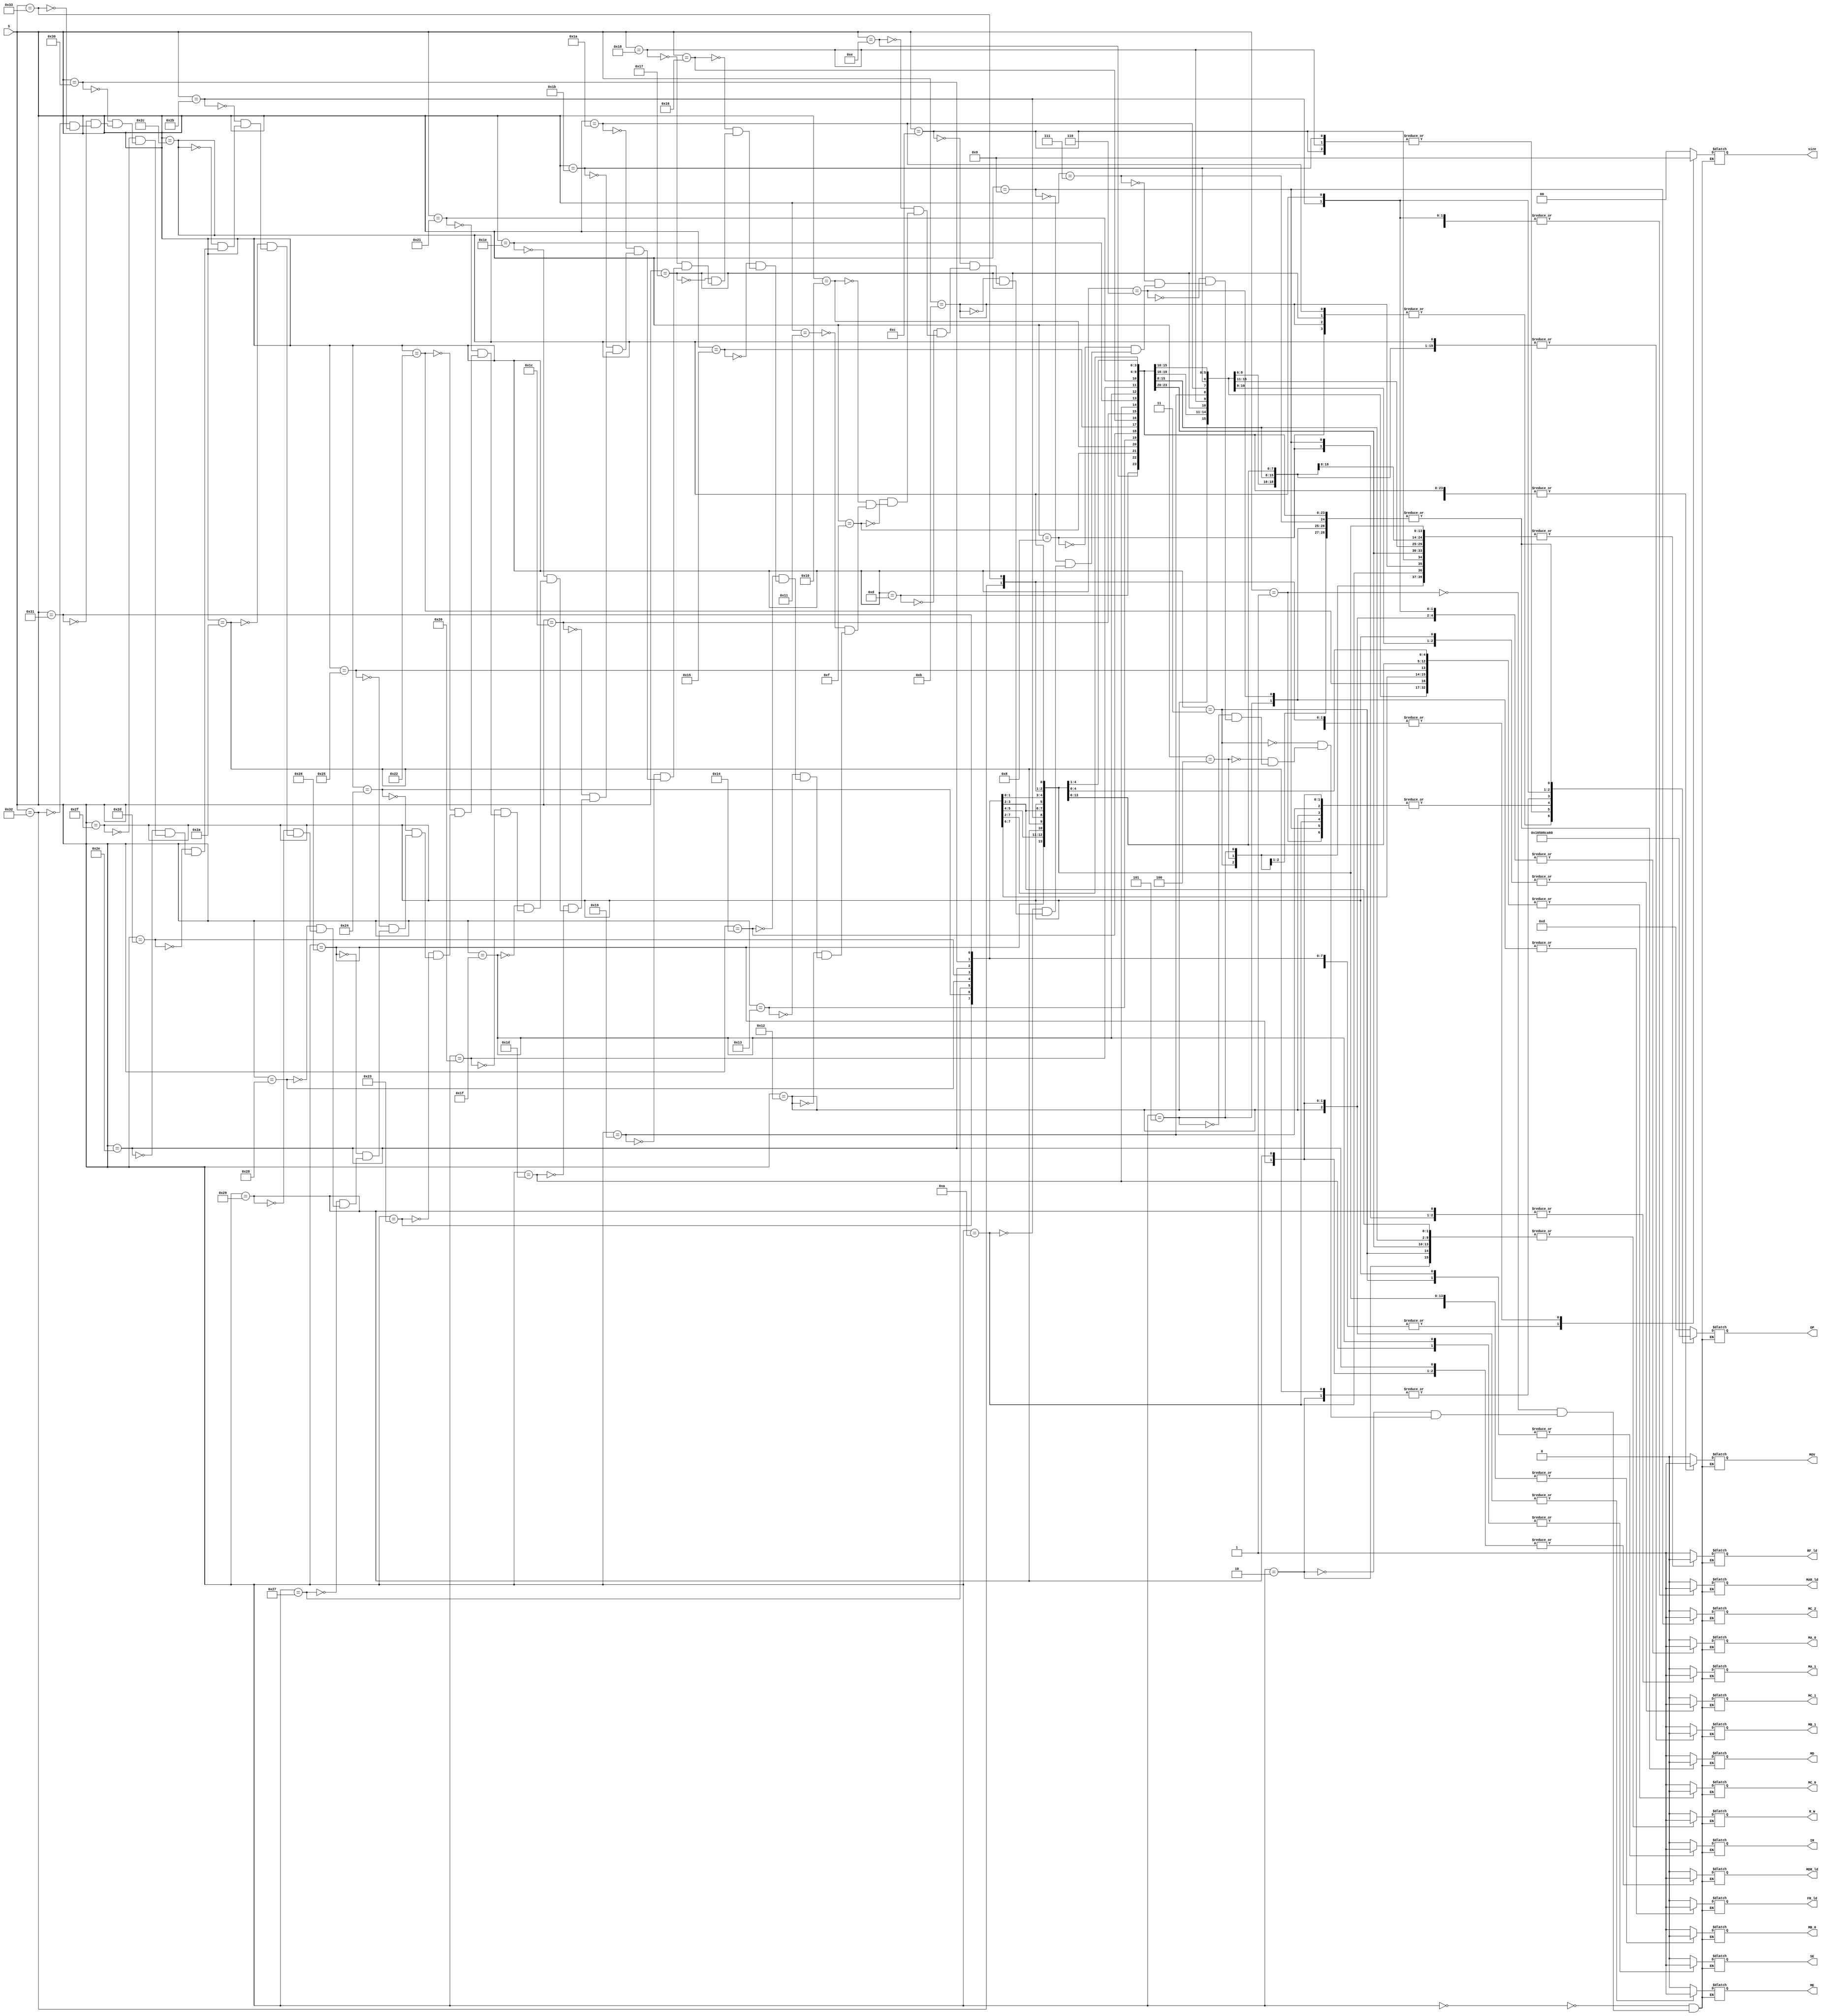
module control_signals_encoder (
    input [5:0] S,
    output reg SE,
    output reg[1:0] size,
    output reg FR_ld,
    output reg RF_ld,
    output reg IR,
    output reg MAR_ld,
    output reg MDR_ld,
    output reg R_W,
    output reg MOV,
    output reg MA_1, MA_0, MB_1, MB_0, MC_2, MC_1, MC_0, MD, ME,
    output reg[4:0] OP
    );
    always @ (S) begin
        case (S)
            //State

            //0
            6'b000000:
            begin
                SE <= 0;
                size <= 2'b00;
                FR_ld <= 0;
                RF_ld <= 1;
                IR <= 0;
                MAR_ld <= 0;
                MDR_ld <= 0;
                R_W <= 0;
                MOV <= 0;
                MA_1 <= 0;
                MA_0 <= 0;
                MB_1 <= 1;
                MB_0 <= 1;
                MC_2 <= 0;
                MC_1 <= 0;
                MC_0 <= 1;
                MD <= 1;
                ME <= 0;
                OP <= 5'b01101;
            end

            //1
            6'b000001:
            begin
                SE <= 0;
                size <= 2'b00;
                FR_ld <= 0;
                RF_ld <= 0;
                IR <= 0;
                MAR_ld <= 1;
                MDR_ld <= 0;
                R_W <= 0;
                MOV <= 0;
                MA_1 <= 1;
                MA_0 <= 0;
                MB_1 <= 0;
                MB_0 <= 0;
                MC_2 <= 0;
                MC_1 <= 0;
                MC_0 <= 0;
                MD <= 1;
                ME <= 0;
                OP <= 5'b10000;
            end

            //2
            6'b000010:
            begin
                SE <= 0;
                size <= 2'b10;
                FR_ld <= 0;
                RF_ld <= 1;
                IR <= 0;
                MAR_ld <= 0;
                MDR_ld <= 0;
                R_W <= 1;
                MOV <= 1;
                MA_1 <= 1;
                MA_0 <= 0;
                MB_1 <= 0;
                MB_0 <= 0;
                MC_2 <= 0;
                MC_1 <= 0;
                MC_0 <= 1;
                MD <= 1;
                ME <= 0;
                OP <= 5'b10001;
            end

            //3
            6'b000011:
            begin
                SE <= 0;
                size <= 2'b10;
                FR_ld <= 0;
                RF_ld <= 0;
                IR <= 1;
                MAR_ld <= 0;
                MDR_ld <= 0;
                R_W <= 1;
                MOV <= 1;
                MA_1 <= 0;
                MA_0 <= 0;
                MB_1 <= 0;
                MB_0 <= 0;
                MC_2 <= 0;
                MC_1 <= 0;
                MC_0 <= 0;
                MD <= 0;
                ME <= 0;
                OP <= 5'b00000;
            end

            //4
            6'b000100:
            begin
                SE <= 0;
                size <= 2'b00;
                FR_ld <= 0;
                RF_ld <= 0;
                IR <= 0;
                MAR_ld <= 0;
                MDR_ld <= 0;
                R_W <= 0;
                MOV <= 0;
                MA_1 <= 0;
                MA_0 <= 0;
                MB_1 <= 0;
                MB_0 <= 0;
                MC_2 <= 0;
                MC_1 <= 0;
                MC_0 <= 0;
                MD <= 0;
                ME <= 0;
                OP <= 5'b00000;
            end

            // DATA PROCESSING --------------

            //5
            6'b000101:
            begin
                SE <= 0;
                size <= 2'b01;
                FR_ld <= 1;
                RF_ld <= 0;
                IR <= 0;
                MAR_ld <= 0;
                MDR_ld <= 0;
                R_W <= 0;
                MOV <= 0;
                MA_1 <= 0;
                MA_0 <= 0;
                MB_1 <= 0;
                MB_0 <= 1;
                MC_2 <= 0;
                MC_1 <= 0;
                MC_0 <= 0;
                MD <= 0;
                ME <= 0;
                OP <= 5'b00000;
            end

            //6
            6'b000110:
            begin
                SE <= 0;
                size <= 2'b01;
                FR_ld <= 1;
                RF_ld <= 1;
                IR <= 0;
                MAR_ld <= 0;
                MDR_ld <= 0;
                R_W <= 0;
                MOV <= 0;
                MA_1 <= 0;
                MA_0 <= 0;
                MB_1 <= 0;
                MB_0 <= 1;
                MC_2 <= 0;
                MC_1 <= 0;
                MC_0 <= 0;
                MD <= 0;
                ME <= 0;
                OP <= 5'b00000;
            end

            //7
            6'b000111:
            begin
                SE <= 0;
                size <= 2'b01;
                FR_ld <= 0;
                RF_ld <= 1;
                IR <= 0;
                MAR_ld <= 0;
                MDR_ld <= 0;
                R_W <= 0;
                MOV <= 0;
                MA_1 <= 0;
                MA_0 <= 0;
                MB_1 <= 0;
                MB_0 <= 1;
                MC_2 <= 0;
                MC_1 <= 0;
                MC_0 <= 0;
                MD <= 0;
                ME <= 0;
                OP <= 5'b00000;
            end

            // BRANCH/BRANCH & LINK ----------------

            //8
            6'b001000:
            begin
                SE <= 0;
                size <= 2'b00;
                FR_ld <= 0;
                RF_ld <= 1;
                IR <= 0;
                MAR_ld <= 0;
                MDR_ld <= 0;
                R_W <= 0;
                MOV <= 0;
                MA_1 <= 1;
                MA_0 <= 0;
                MB_1 <= 0;
                MB_0 <= 1;
                MC_2 <= 0;
                MC_1 <= 0;
                MC_0 <= 1;
                MD <= 1;
                ME <= 0;
                OP <= 5'b00100;
            end

            //9
            6'b001001:
            begin
                SE <= 0;
                size <= 2'b00;
                FR_ld <= 0;
                RF_ld <= 1;
                IR <= 0;
                MAR_ld <= 0;
                MDR_ld <= 0;
                R_W <= 0;
                MOV <= 0;
                MA_1 <= 1;
                MA_0 <= 0;
                MB_1 <= 0;
                MB_0 <= 0;
                MC_2 <= 1;
                MC_1 <= 0;
                MC_0 <= 0;
                MD <= 1;
                ME <= 0;
                OP <= 5'b10000;
            end

            // LOAD/STORE

            //10
            6'b001010:
            begin
                SE <= 0;
                size <= 2'b00;
                FR_ld <= 0;
                RF_ld <= 0;
                IR <= 0;
                MAR_ld <= 1;
                MDR_ld <= 0;
                R_W <= 0;
                MOV <= 0;
                MA_1 <= 0;
                MA_0 <= 0;
                MB_1 <= 0;
                MB_0 <= 0;
                MC_2 <= 0;
                MC_1 <= 0;
                MC_0 <= 0;
                MD <= 1;
                ME <= 0;
                OP <= 5'b10000;
            end

            //11
            6'b001011:
            begin
                SE <= 0;
                size <= 2'b00;
                FR_ld <= 0;
                RF_ld <= 0;
                IR <= 0;
                MAR_ld <= 1;
                MDR_ld <= 0;
                R_W <= 0;
                MOV <= 0;
                MA_1 <= 0;
                MA_0 <= 0;
                MB_1 <= 0;
                MB_0 <= 1;
                MC_2 <= 0;
                MC_1 <= 0;
                MC_0 <= 0;
                MD <= 1;
                ME <= 0;
                OP <= 5'b00100;
            end

            //12
            6'b001100:
            begin
                SE <= 0;
                size <= 2'b00;
                FR_ld <= 0;
                RF_ld <= 0;
                IR <= 0;
                MAR_ld <= 1;
                MDR_ld <= 0;
                R_W <= 0;
                MOV <= 0;
                MA_1 <= 0;
                MA_0 <= 0;
                MB_1 <= 0;
                MB_0 <= 1;
                MC_2 <= 0;
                MC_1 <= 0;
                MC_0 <= 0;
                MD <= 1;
                ME <= 0;
                OP <= 5'b00010;
            end

            //13
            6'b001101:
            begin
                SE <= 0;
                size <= 2'b00;
                FR_ld <= 0;
                RF_ld <= 0;
                IR <= 0;
                MAR_ld <= 0;
                MDR_ld <= 0;
                R_W <= 1;
                MOV <= 1;
                MA_1 <= 0;
                MA_0 <= 0;
                MB_1 <= 0;
                MB_0 <= 0;
                MC_2 <= 0;
                MC_1 <= 0;
                MC_0 <= 0;
                MD <= 0;
                ME <= 0;
                OP <= 5'b00000;
            end

            //14
            6'b001110:
            begin
                SE <= 0;
                size <= 2'b00;
                FR_ld <= 0;
                RF_ld <= 0;
                IR <= 0;
                MAR_ld <= 0;
                MDR_ld <= 1;
                R_W <= 1;
                MOV <= 1;
                MA_1 <= 0;
                MA_0 <= 0;
                MB_1 <= 0;
                MB_0 <= 0;
                MC_2 <= 0;
                MC_1 <= 0;
                MC_0 <= 0;
                MD <= 0;
                ME <= 0;
                OP <= 5'b00000;
            end

            //15
            6'b001111:
            begin
                SE <= 0;
                size <= 2'b10;
                FR_ld <= 0;
                RF_ld <= 0;
                IR <= 0;
                MAR_ld <= 0;
                MDR_ld <= 0;
                R_W <= 1;
                MOV <= 1;
                MA_1 <= 0;
                MA_0 <= 0;
                MB_1 <= 0;
                MB_0 <= 0;
                MC_2 <= 0;
                MC_1 <= 0;
                MC_0 <= 0;
                MD <= 0;
                ME <= 0;
                OP <= 5'b00000;
            end

            //16
            6'b010000:
            begin
                SE <= 0;
                size <= 2'b10;
                FR_ld <= 0;
                RF_ld <= 0;
                IR <= 0;
                MAR_ld <= 0;
                MDR_ld <= 1;
                R_W <= 1;
                MOV <= 1;
                MA_1 <= 0;
                MA_0 <= 0;
                MB_1 <= 0;
                MB_0 <= 0;
                MC_2 <= 0;
                MC_1 <= 0;
                MC_0 <= 0;
                MD <= 0;
                ME <= 0;
                OP <= 5'b00000;
            end

            //17
            6'b010001:
            begin
                SE <= 0;
                size <= 2'b00;
                FR_ld <= 0;
                RF_ld <= 1;
                IR <= 0;
                MAR_ld <= 0;
                MDR_ld <= 0;
                R_W <= 0;
                MOV <= 0;
                MA_1 <= 0;
                MA_0 <= 0;
                MB_1 <= 1;
                MB_0 <= 0;
                MC_2 <= 0;
                MC_1 <= 0;
                MC_0 <= 0;
                MD <= 1;
                ME <= 0;
                OP <= 5'b01101;
            end

            //18
            6'b010010:
            begin
                SE <= 0;
                size <= 2'b00;
                FR_ld <= 0;
                RF_ld <= 0;
                IR <= 0;
                MAR_ld <= 0;
                MDR_ld <= 1;
                R_W <= 0;
                MOV <= 0;
                MA_1 <= 0;
                MA_0 <= 1;
                MB_1 <= 0;
                MB_0 <= 0;
                MC_2 <= 0;
                MC_1 <= 0;
                MC_0 <= 0;
                MD <= 1;
                ME <= 1;
                OP <= 5'b10000;
            end

            //19
            6'b010011:
            begin
                SE <= 0;
                size <= 2'b00;
                FR_ld <= 0;
                RF_ld <= 0;
                IR <= 0;
                MAR_ld <= 0;
                MDR_ld <= 0;
                R_W <= 0;
                MOV <= 1;
                MA_1 <= 0;
                MA_0 <= 0;
                MB_1 <= 0;
                MB_0 <= 0;
                MC_2 <= 0;
                MC_1 <= 0;
                MC_0 <= 0;
                MD <= 0;
                ME <= 0;
                OP <= 5'b00000;
            end

            //20
            6'b010100:
            begin
                SE <= 0;
                size <= 2'b00;
                FR_ld <= 0;
                RF_ld <= 0;
                IR <= 0;
                MAR_ld <= 0;
                MDR_ld <= 0;
                R_W <= 0;
                MOV <= 1;
                MA_1 <= 0;
                MA_0 <= 0;
                MB_1 <= 0;
                MB_0 <= 0;
                MC_2 <= 0;
                MC_1 <= 0;
                MC_0 <= 0;
                MD <= 0;
                ME <= 0;
                OP <= 5'b00000;
            end

            //21
            6'b010101:
            begin
                SE <= 0;
                size <= 2'b10;
                FR_ld <= 0;
                RF_ld <= 0;
                IR <= 0;
                MAR_ld <= 0;
                MDR_ld <= 0;
                R_W <= 0;
                MOV <= 1;
                MA_1 <= 0;
                MA_0 <= 0;
                MB_1 <= 0;
                MB_0 <= 0;
                MC_2 <= 0;
                MC_1 <= 0;
                MC_0 <= 0;
                MD <= 0;
                ME <= 0;
                OP <= 5'b00000;
            end

            //22
            6'b010110:
            begin
                SE <= 0;
                size <= 2'b10;
                FR_ld <= 0;
                RF_ld <= 0;
                IR <= 0;
                MAR_ld <= 0;
                MDR_ld <= 0;
                R_W <= 0;
                MOV <= 1;
                MA_1 <= 0;
                MA_0 <= 0;
                MB_1 <= 0;
                MB_0 <= 0;
                MC_2 <= 0;
                MC_1 <= 0;
                MC_0 <= 0;
                MD <= 0;
                ME <= 0;
                OP <= 5'b00000;
            end

            //23
            6'b010111:
            begin
                SE <= 0;
                size <= 2'b00;
                FR_ld <= 0;
                RF_ld <= 1;
                IR <= 0;
                MAR_ld <= 0;
                MDR_ld <= 0;
                R_W <= 0;
                MOV <= 0;
                MA_1 <= 0;
                MA_0 <= 0;
                MB_1 <= 0;
                MB_0 <= 1;
                MC_2 <= 0;
                MC_1 <= 1;
                MC_0 <= 0;
                MD <= 1;
                ME <= 0;
                OP <= 5'b00100;
            end

            //24
            6'b011000:
            begin
                SE <= 0;
                size <= 2'b00;
                FR_ld <= 0;
                RF_ld <= 1;
                IR <= 0;
                MAR_ld <= 0;
                MDR_ld <= 0;
                R_W <= 0;
                MOV <= 0;
                MA_1 <= 0;
                MA_0 <= 0;
                MB_1 <= 0;
                MB_0 <= 1;
                MC_2 <= 0;
                MC_1 <= 1;
                MC_0 <= 0;
                MD <= 1;
                ME <= 0;
                OP <= 5'b00010;
            end

            //25
            6'b011001:
            begin
                SE <= 0;
                size <= 2'b00;
                FR_ld <= 0;
                RF_ld <= 0;
                IR <= 0;
                MAR_ld <= 1;
                MDR_ld <= 0;
                R_W <= 0;
                MOV <= 0;
                MA_1 <= 0;
                MA_0 <= 0;
                MB_1 <= 0;
                MB_0 <= 0;
                MC_2 <= 0;
                MC_1 <= 0;
                MC_0 <= 0;
                MD <= 1;
                ME <= 0;
                OP <= 5'b10000;
            end

            //26
            6'b011010:
            begin
                SE <= 0;
                size <= 2'b00;
                FR_ld <= 0;
                RF_ld <= 0;
                IR <= 0;
                MAR_ld <= 1;
                MDR_ld <= 0;
                R_W <= 0;
                MOV <= 0;
                MA_1 <= 0;
                MA_0 <= 0;
                MB_1 <= 0;
                MB_0 <= 1;
                MC_2 <= 0;
                MC_1 <= 0;
                MC_0 <= 0;
                MD <= 1;
                ME <= 0;
                OP <= 5'b00100;
            end

            //27
            6'b011011:
            begin
                SE <= 0;
                size <= 2'b00;
                FR_ld <= 0;
                RF_ld <= 0;
                IR <= 0;
                MAR_ld <= 1;
                MDR_ld <= 0;
                R_W <= 0;
                MOV <= 0;
                MA_1 <= 0;
                MA_0 <= 0;
                MB_1 <= 0;
                MB_0 <= 1;
                MC_2 <= 0;
                MC_1 <= 0;
                MC_0 <= 0;
                MD <= 1;
                ME <= 0;
                OP <= 5'b00010;
            end

            //28
            6'b011100:
            begin
                SE <= 0;
                size <= 2'b01;
                FR_ld <= 0;
                RF_ld <= 0;
                IR <= 0;
                MAR_ld <= 0;
                MDR_ld <= 0;
                R_W <= 1;
                MOV <= 1;
                MA_1 <= 0;
                MA_0 <= 0;
                MB_1 <= 0;
                MB_0 <= 0;
                MC_2 <= 0;
                MC_1 <= 0;
                MC_0 <= 0;
                MD <= 0;
                ME <= 0;
                OP <= 5'b00000;
            end

            //29
            6'b011101:
            begin
                SE <= 1;
                size <= 2'b01;
                FR_ld <= 0;
                RF_ld <= 0;
                IR <= 0;
                MAR_ld <= 0;
                MDR_ld <= 1;
                R_W <= 1;
                MOV <= 1;
                MA_1 <= 0;
                MA_0 <= 0;
                MB_1 <= 0;
                MB_0 <= 0;
                MC_2 <= 0;
                MC_1 <= 0;
                MC_0 <= 0;
                MD <= 0;
                ME <= 0;
                OP <= 5'b00000;
            end

            //30
            6'b011110:
            begin
                SE <= 0;
                size <= 2'b00;
                FR_ld <= 0;
                RF_ld <= 0;
                IR <= 0;
                MAR_ld <= 0;
                MDR_ld <= 0;
                R_W <= 1;
                MOV <= 1;
                MA_1 <= 0;
                MA_0 <= 0;
                MB_1 <= 0;
                MB_0 <= 0;
                MC_2 <= 0;
                MC_1 <= 0;
                MC_0 <= 0;
                MD <= 0;
                ME <= 0;
                OP <= 5'b00000;
            end

            //31
            6'b011111:
            begin
                SE <= 1;
                size <= 2'b00;
                FR_ld <= 0;
                RF_ld <= 0;
                IR <= 0;
                MAR_ld <= 0;
                MDR_ld <= 1;
                R_W <= 1;
                MOV <= 1;
                MA_1 <= 0;
                MA_0 <= 0;
                MB_1 <= 0;
                MB_0 <= 0;
                MC_2 <= 0;
                MC_1 <= 0;
                MC_0 <= 0;
                MD <= 0;
                ME <= 0;
                OP <= 5'b00000;
            end

            //32
            6'b100000:
            begin
                SE <= 0;
                size <= 2'b01;
                FR_ld <= 0;
                RF_ld <= 0;
                IR <= 0;
                MAR_ld <= 0;
                MDR_ld <= 0;
                R_W <= 1;
                MOV <= 1;
                MA_1 <= 0;
                MA_0 <= 0;
                MB_1 <= 0;
                MB_0 <= 0;
                MC_2 <= 0;
                MC_1 <= 0;
                MC_0 <= 0;
                MD <= 0;
                ME <= 0;
                OP <= 5'b00000;
            end

            //33
            6'b100001:
            begin
                SE <= 0;
                size <= 2'b01;
                FR_ld <= 0;
                RF_ld <= 0;
                IR <= 0;
                MAR_ld <= 0;
                MDR_ld <= 1;
                R_W <= 1;
                MOV <= 1;
                MA_1 <= 0;
                MA_0 <= 0;
                MB_1 <= 0;
                MB_0 <= 0;
                MC_2 <= 0;
                MC_1 <= 0;
                MC_0 <= 0;
                MD <= 0;
                ME <= 0;
                OP <= 5'b00000;
            end

            //34
            6'b100010:
            begin
                SE <= 0;
                size <= 2'b00;
                FR_ld <= 0;
                RF_ld <= 1;
                IR <= 0;
                MAR_ld <= 0;
                MDR_ld <= 0;
                R_W <= 0;
                MOV <= 0;
                MA_1 <= 0;
                MA_0 <= 0;
                MB_1 <= 1;
                MB_0 <= 0;
                MC_2 <= 0;
                MC_1 <= 0;
                MC_0 <= 0;
                MD <= 1;
                ME <= 0;
                OP <= 5'b01101;
            end

            //35
            6'b100011:
            begin
                SE <= 0;
                size <= 2'b10;
                FR_ld <= 0;
                RF_ld <= 0;
                IR <= 0;
                MAR_ld <= 0;
                MDR_ld <= 0;
                R_W <= 1;
                MOV <= 1;
                MA_1 <= 0;
                MA_0 <= 0;
                MB_1 <= 0;
                MB_0 <= 0;
                MC_2 <= 0;
                MC_1 <= 0;
                MC_0 <= 0;
                MD <= 0;
                ME <= 0;
                OP <= 5'b00000;
            end

            //36
            6'b100100:
            begin
                SE <= 0;
                size <= 2'b10;
                FR_ld <= 0;
                RF_ld <= 0;
                IR <= 0;
                MAR_ld <= 0;
                MDR_ld <= 1;
                R_W <= 1;
                MOV <= 1;
                MA_1 <= 0;
                MA_0 <= 0;
                MB_1 <= 0;
                MB_0 <= 0;
                MC_2 <= 0;
                MC_1 <= 0;
                MC_0 <= 0;
                MD <= 0;
                ME <= 0;
                OP <= 5'b00000;
            end

            //37
            6'b100101:
            begin
                SE <= 0;
                size <= 2'b00;
                FR_ld <= 0;
                RF_ld <= 1;
                IR <= 0;
                MAR_ld <= 0;
                MDR_ld <= 0;
                R_W <= 0;
                MOV <= 0;
                MA_1 <= 0;
                MA_0 <= 0;
                MB_1 <= 1;
                MB_0 <= 0;
                MC_2 <= 0;
                MC_1 <= 0;
                MC_0 <= 0;
                MD <= 1;
                ME <= 0;
                OP <= 5'b01101;
            end

            //38
            6'b100110:
            begin
                SE <= 0;
                size <= 2'b00;
                FR_ld <= 0;
                RF_ld <= 0;
                IR <= 0;
                MAR_ld <= 0;
                MDR_ld <= 1;
                R_W <= 0;
                MOV <= 0;
                MA_1 <= 0;
                MA_0 <= 1;
                MB_1 <= 0;
                MB_0 <= 0;
                MC_2 <= 0;
                MC_1 <= 0;
                MC_0 <= 0;
                MD <= 1;
                ME <= 1;
                OP <= 5'b10000;
            end

            //39
            6'b100111:
            begin
                SE <= 0;
                size <= 2'b10;
                FR_ld <= 0;
                RF_ld <= 0;
                IR <= 0;
                MAR_ld <= 0;
                MDR_ld <= 0;
                R_W <= 0;
                MOV <= 1;
                MA_1 <= 0;
                MA_0 <= 0;
                MB_1 <= 0;
                MB_0 <= 0;
                MC_2 <= 0;
                MC_1 <= 0;
                MC_0 <= 0;
                MD <= 0;
                ME <= 0;
                OP <= 5'b00000;
            end

            //40
            6'b101000:
            begin
                SE <= 0;
                size <= 2'b10;
                FR_ld <= 0;
                RF_ld <= 0;
                IR <= 0;
                MAR_ld <= 0;
                MDR_ld <= 0;
                R_W <= 0;
                MOV <= 1;
                MA_1 <= 0;
                MA_0 <= 0;
                MB_1 <= 0;
                MB_0 <= 0;
                MC_2 <= 0;
                MC_1 <= 0;
                MC_0 <= 0;
                MD <= 0;
                ME <= 0;
                OP <= 5'b00000;
            end

            //41
            6'b101001:
            begin
                SE <= 0;
                size <= 2'b00;
                FR_ld <= 0;
                RF_ld <= 0;
                IR <= 0;
                MAR_ld <= 0;
                MDR_ld <= 1;
                R_W <= 0;
                MOV <= 0;
                MA_1 <= 1;
                MA_0 <= 1;
                MB_1 <= 0;
                MB_0 <= 0;
                MC_2 <= 0;
                MC_1 <= 0;
                MC_0 <= 0;
                MD <= 1;
                ME <= 1;
                OP <= 5'b10000;
            end

            //42
            6'b101010:
            begin
                SE <= 0;
                size <= 2'b00;
                FR_ld <= 0;
                RF_ld <= 0;
                IR <= 0;
                MAR_ld <= 1;
                MDR_ld <= 0;
                R_W <= 0;
                MOV <= 0;
                MA_1 <= 0;
                MA_0 <= 0;
                MB_1 <= 0;
                MB_0 <= 0;
                MC_2 <= 0;
                MC_1 <= 0;
                MC_0 <= 0;
                MD <= 1;
                ME <= 0;
                OP <= 5'b10001;
            end

            //43
            6'b101011:
            begin
                SE <= 0;
                size <= 2'b00;
                FR_ld <= 0;
                RF_ld <= 0;
                IR <= 0;
                MAR_ld <= 1;
                MDR_ld <= 0;
                R_W <= 0;
                MOV <= 0;
                MA_1 <= 0;
                MA_0 <= 1;
                MB_1 <= 0;
                MB_0 <= 0;
                MC_1 <= 0;
                MC_2 <= 0;
                MC_0 <= 0;
                MD <= 1;
                ME <= 0;
                OP <= 5'b10010;
            end

            //44
            6'b101100:
            begin
                SE <= 0;
                size <= 2'b00;
                FR_ld <= 0;
                RF_ld <= 0;
                IR <= 0;
                MAR_ld <= 1;
                MDR_ld <= 0;
                R_W <= 0;
                MOV <= 0;
                MA_1 <= 0;
                MA_0 <= 1;
                MB_1 <= 0;
                MB_0 <= 0;
                MC_2 <= 0;
                MC_1 <= 0;
                MC_0 <= 0;
                MD <= 1;
                ME <= 0;
                OP <= 5'b10011;
            end

            //45
            6'b101101:
            begin
                SE <= 0;
                size <= 2'b10;
                FR_ld <= 0;
                RF_ld <= 0;
                IR <= 0;
                MAR_ld <= 0;
                MDR_ld <= 0;
                R_W <= 1;
                MOV <= 1;
                MA_1 <= 0;
                MA_0 <= 0;
                MB_1 <= 0;
                MB_0 <= 0;
                MC_2 <= 0;
                MC_1 <= 0;
                MC_0 <= 0;
                MD <= 0;
                ME <= 0;
                OP <= 5'b00000;
            end

            //46
            6'b101110:
            begin
                SE <= 0;
                size <= 2'b10;
                FR_ld <= 0;
                RF_ld <= 0;
                IR <= 0;
                MAR_ld <= 0;
                MDR_ld <= 1;
                R_W <= 1;
                MOV <= 1;
                MA_1 <= 0;
                MA_0 <= 0;
                MB_1 <= 0;
                MB_0 <= 0;
                MC_2 <= 0;
                MC_1 <= 0;
                MC_0 <= 0;
                MD <= 0;
                ME <= 0;
                OP <= 5'b00000;
            end

            //47
            6'b101111:
            begin
                SE <= 0;
                size <= 2'b00;
                FR_ld <= 0;
                RF_ld <= 0;
                IR <= 1;
                MAR_ld <= 0;
                MDR_ld <= 0;
                R_W <= 0;
                MOV <= 0;
                MA_1 <= 0;
                MA_0 <= 0;
                MB_1 <= 1;
                MB_0 <= 0;
                MC_2 <= 0;
                MC_1 <= 1;
                MC_0 <= 1;
                MD <= 1;
                ME <= 0;
                OP <= 5'b01101;
            end

            //48
            6'b110000:
            begin
                SE <= 0;
                size <= 2'b10;
                FR_ld <= 0;
                RF_ld <= 0;
                IR <= 0;
                MAR_ld <= 0;
                MDR_ld <= 0;
                R_W <= 0;
                MOV <= 1;
                MA_1 <= 0;
                MA_0 <= 0;
                MB_1 <= 1;
                MB_0 <= 0;
                MC_2 <= 0;
                MC_1 <= 0;
                MC_0 <= 0;
                MD <= 0;
                ME <= 0;
                OP <= 5'b00000;
            end

            //49
            6'b110001:
            begin
                SE <= 0;
                size <= 2'b10;
                FR_ld <= 0;
                RF_ld <= 0;
                IR <= 0;
                MAR_ld <= 0;
                MDR_ld <= 0;
                R_W <= 0;
                MOV <= 1;
                MA_1 <= 0;
                MA_0 <= 0;
                MB_1 <= 1;
                MB_0 <= 0;
                MC_2 <= 0;
                MC_1 <= 0;
                MC_0 <= 0;
                MD <= 0;
                ME <= 0;
                OP <= 5'b00000;
            end

            //50
            6'b110010:
            begin
                SE <= 0;
                size <= 2'b01;
                FR_ld <= 0;
                RF_ld <= 0;
                IR <= 0;
                MAR_ld <= 0;
                MDR_ld <= 0;
                R_W <= 0;
                MOV <= 1;
                MA_1 <= 0;
                MA_0 <= 0;
                MB_1 <= 1;
                MB_0 <= 0;
                MC_2 <= 0;
                MC_1 <= 0;
                MC_0 <= 0;
                MD <= 0;
                ME <= 0;
                OP <= 5'b00000;
            end

            //51
            6'b110011:
            begin
                SE <= 0;
                size <= 2'b01;
                FR_ld <= 0;
                RF_ld <= 0;
                IR <= 0;
                MAR_ld <= 0;
                MDR_ld <= 0;
                R_W <= 0;
                MOV <= 1;
                MA_1 <= 0;
                MA_0 <= 0;
                MB_1 <= 1;
                MB_0 <= 0;
                MC_2 <= 0;
                MC_1 <= 0;
                MC_0 <= 0;
                MD <= 0;
                ME <= 0;
                OP <= 5'b00000;
            end
            default:
                $display("Error: Control Signals Encoder. State not recognized S = %b", S);
        endcase
    end
endmodule